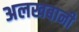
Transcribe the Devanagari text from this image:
अलखबानी